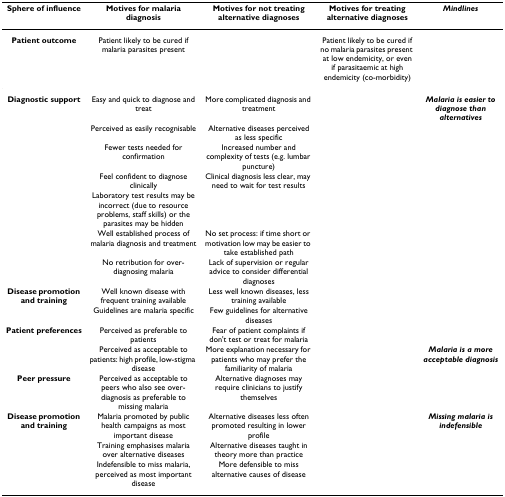
<table><thead><tr><td><b>Sphere of influence</b></td><td><b>Motives for malaria diagnosis</b></td><td><b>Motives for not treating alternative diagnoses</b></td><td><b>Motives for treating alternative diagnoses</b></td><td><b><i>Mindlines</i></b></td></tr></thead><tbody><tr><td><b>Patient outcome</b></td><td>Patient likely to be cured if malaria parasites present</td><td></td><td>Patient likely to be cured if no malaria parasites present at low endemicity, or even if parasitaemic at high endemicity (co-morbidity)</td><td></td></tr><tr><td><b>Diagnostic support</b></td><td>Easy and quick to diagnose and treat</td><td>More complicated diagnosis and treatment</td><td></td><td><b><i>Malaria is easier to diagnose than alternatives</i></b></td></tr><tr><td></td><td>Perceived as easily recognisable</td><td>Alternative diseases perceived as less specific</td><td></td><td></td></tr><tr><td></td><td>Fewer tests needed for confirmation</td><td>Increased number and complexity of tests (e.g. lumbar puncture)</td><td></td><td></td></tr><tr><td></td><td>Feel confident to diagnose clinically</td><td>Clinical diagnosis less clear, may need to wait for test results</td><td></td><td></td></tr><tr><td></td><td>Laboratory test results may be incorrect (due to resource problems, staff skills) or the parasites may be hidden</td><td></td><td></td><td></td></tr><tr><td></td><td>Well established process of malaria diagnosis and treatment</td><td>No set process: if time short or motivation low may be easier to take established path</td><td></td><td></td></tr><tr><td></td><td>No retribution for over-diagnosing malaria</td><td>Lack of supervision or regular advice to consider differential diagnoses</td><td></td><td></td></tr><tr><td><b>Disease promotion and training</b></td><td>Well known disease with frequent training available</td><td>Less well known diseases, less training available</td><td></td><td></td></tr><tr><td></td><td>Guidelines are malaria specific</td><td>Few guidelines for alternative diseases</td><td></td><td></td></tr><tr><td><b>Patient preferences</b></td><td>Perceived as preferable to patients</td><td>Fear of patient complaints if don&#x27;t test or treat for malaria</td><td></td><td></td></tr><tr><td></td><td>Perceived as acceptable to patients: high profile, low-stigma disease</td><td>More explanation necessary for patients who may prefer the familiarity of malaria</td><td></td><td><b><i>Malaria is a more acceptable diagnosis</i></b></td></tr><tr><td><b>Peer pressure</b></td><td>Perceived as acceptable to peers who also see over-diagnosis as preferable to missing malaria</td><td>Alternative diagnoses may require clinicians to justify themselves</td><td></td><td></td></tr><tr><td><b>Disease promotion and training</b></td><td>Malaria promoted by public health campaigns as most important disease</td><td>Alternative diseases less often promoted resulting in lower profile</td><td></td><td><b><i>Missing malaria is indefensible</i></b></td></tr><tr><td></td><td>Training emphasises malaria over alternative diseases</td><td>Alternative diseases taught in theory more than practice</td><td></td><td></td></tr><tr><td></td><td>Indefensible to miss malaria, perceived as most important disease</td><td>More defensible to miss alternative causes of disease</td><td></td><td></td></tr></tbody></table>